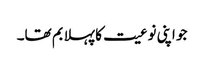
جو اپنی نوعیت کا پہلا بم تھا۔